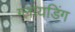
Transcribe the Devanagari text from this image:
ग्लायडिंग